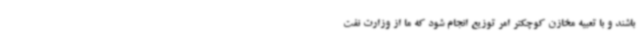
باشند و با تعبیه مخازن کوچکتر امر توزیع انجام شود که ما از وزارت نفت